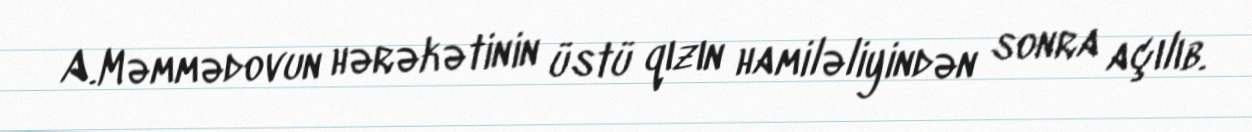
A.Məmmədovun hərəkətinin üstü qızın hamiləliyindən sonra açılıb.